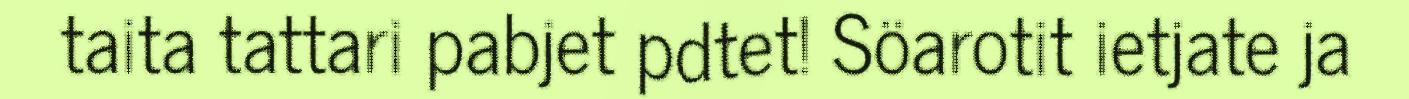
taita tattari pabjet pdtet! Söarotit ietjate ja